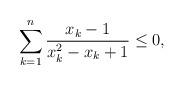
LaTeX: \begin{align*}\sum_{k=1}^{n} \frac{x_k-1}{x_k^2-x_k+1} \le 0,\end{align*}